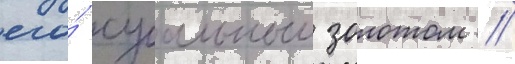
его́ сусальным золотом //